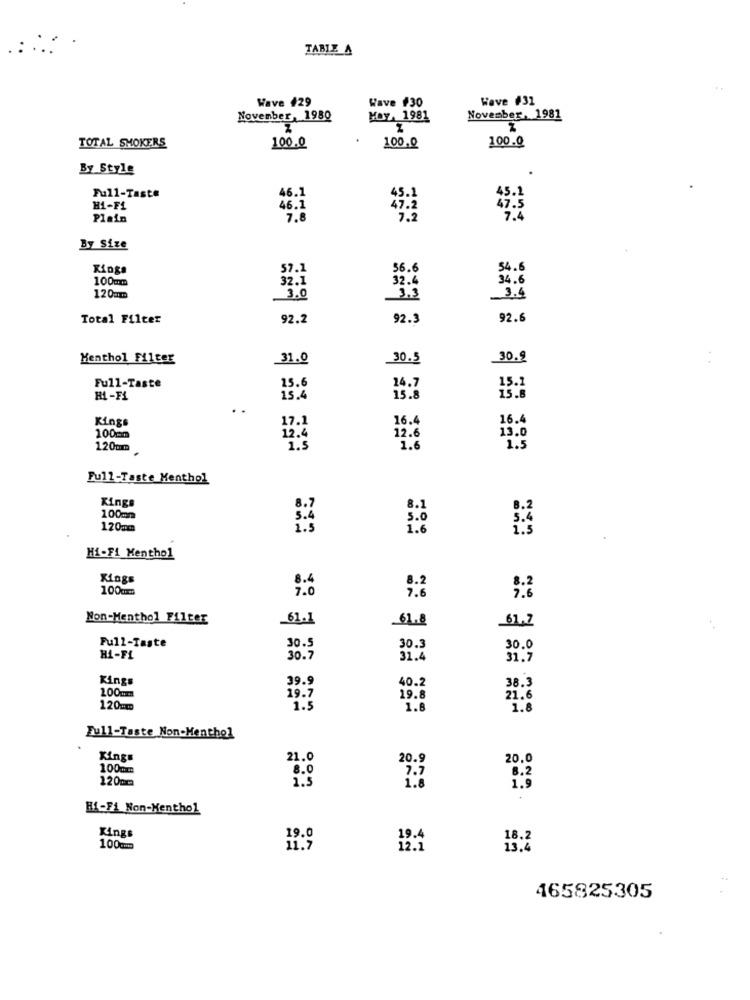
TABLE A
Wave 429
Wave #30
Wave #31
November, 1980
Hoy, 1981
November, 1981
100.0
TOTAL SMOKERS
100.0
100.0
By Style
46.1
45.1
Full-Taste
45.1
H1-F1
46.1
47.2
47.5
Plain
7.4
By Size
Kings
57.1
56.6
54.6
100mm
32.4
34.6
32.1
120mm
3.0
3.3
3.4
Total Filter
92.2
92.3
92.6
Menthol Filter
31.0
30.5
30. 9
24.7
Full-Taste
15.6
15.1
15.8
HI-FI
15.4
15.8
Kings
17.1
16.4
16.4
12.4
12.6
13.0
100mm
120mm
1.5
1.6
1.5
Full-Taste Menthol
Kings
8.7
8.1
B. 2
100mm
5.4
5.0
120mm
1.5
1.6
Hi-Fi Menthol
King
8.4
100mm
7.0
7.6
Non-Menthol Filter
61.1
61.8
62.7
Full-Taste
30.5
30.3
30.0
HI-FI
30.7
31.4
31.7
Kings
39.9
40.2
38.3
100mm
19.7
19.8
21.6
120mm
1.5
1.8
1.8
Full-Taste Non-Menthol
Kings
21.0
20.9
20.0
100mm
8.0
8.2
120mm
7.7
1.9
Hi-Fi Non-Menthol
Kings
19.0
19.4
18.2
100cm
12.1
13.4
465825305